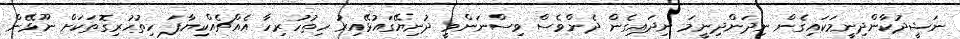
ނަޝީދުކާންދިނީމަކައިގެން ނިދަންދިނީމަ ނިދައިގެން ދެންވެސް ވިސްނަންވީ ދުނިޔޭގައުޅޭއިރު ހިތުހުރިހާ އެއްޗެއްކިޔާފަ ހިތުހުރިގޮތަކަށް ނޫޅޭން